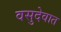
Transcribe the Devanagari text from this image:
वसुदेवात